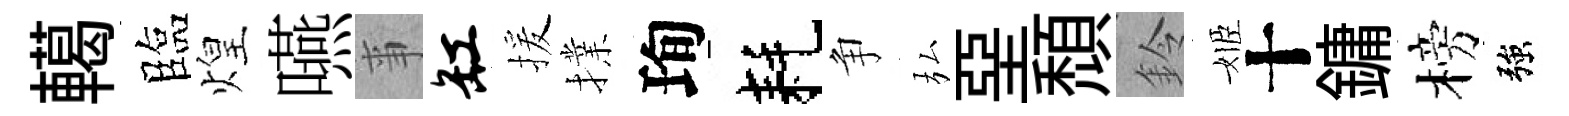
轕臨煌嚥亊缸援擈珣耗争弘堊頹鈴姬十鏞榜強